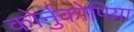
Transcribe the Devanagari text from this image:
कोर्नुकोपिया